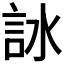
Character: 𧦋